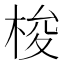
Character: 梭